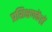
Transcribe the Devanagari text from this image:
प्रशिक्षणकेंद्रों